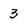
Character: 3